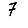
Digit: 7